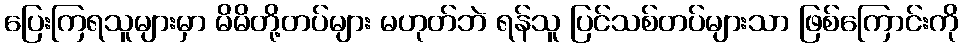
ပြေးကြရသူများမှာ မိမိတို့တပ်များ မဟုတ်ဘဲ ရန်သူ ပြင်သစ်တပ်များသာ ဖြစ်ကြောင်းကို